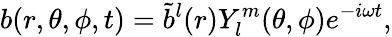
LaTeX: b(r,\theta,\phi,t)=\tilde{b}^{l}(r)Y_{l}^{m}(\theta,\phi)e^{-i\omega t},